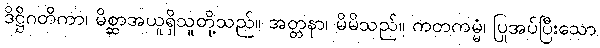
ဒိဋ္ဌိဂတိကာ၊ မိစ္ဆာအယူရှိသူတို့သည်။ အတ္တနာ၊ မိမိသည်။ ကတကမ္မံ၊ ပြုအပ်ပြီးသော